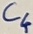
Text: C6